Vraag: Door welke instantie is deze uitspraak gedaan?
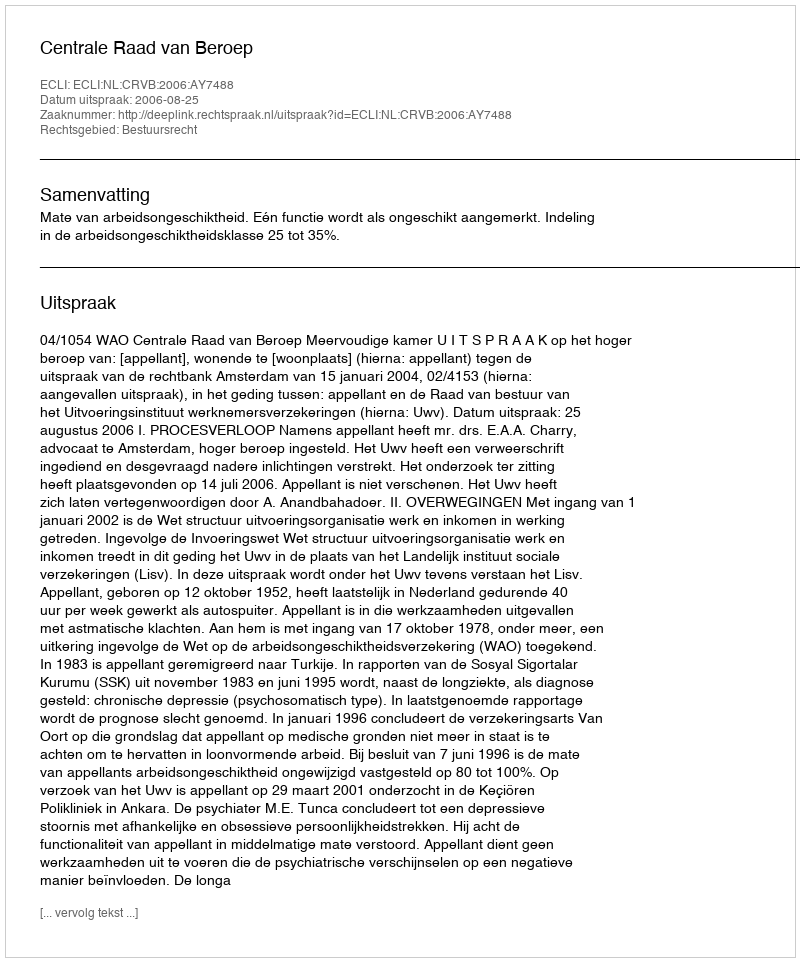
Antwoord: Centrale Raad van Beroep